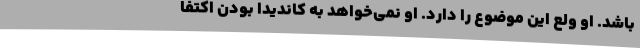
باشد. او ولع این موضوع را دارد. او نمی‌خواهد به کاندیدا بودن اکتفا